Scottish Certificate of Education, 1963
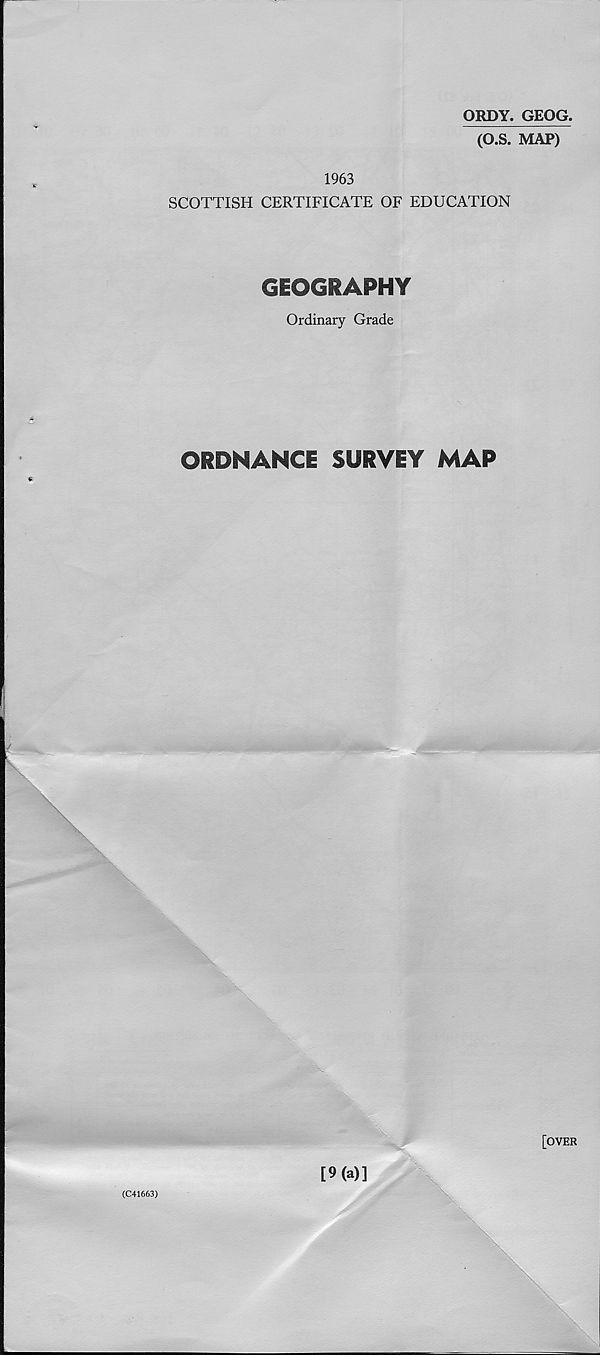
ORDY. GEOG.
(O.S. MAP)
1963
SCOTTISH CERTIFICATE OF EDUCATION
GEOGRAPHY
Ordinary Grade
ORDNANCE SURVEY MAP
[OVER
(C41663)
[9(a)]